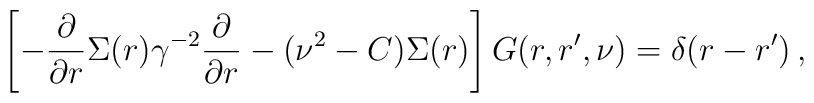
\left[-\frac{\partial}{\partial r} \Sigma(r) \gamma^{-2}\frac{\partial}{\partial r} - (\nu^2 - C) \Sigma(r)\right]G(r,r',\nu) = \delta(r - r') \,,